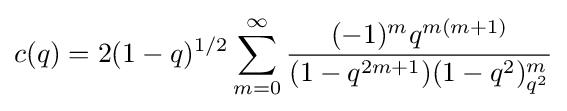
c(q)=2(1-q)^{1/2}\sum _{m=0}^{\infty }{\frac {(-1)^{m}q^{m(m+1)}}{(1-q^{2m+1})(1-q^{2})_{q^{2}}^{m}}}